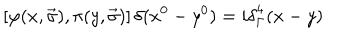
\left[ \varphi ( x , \vec { \sigma } ) , \pi ( y , \vec { \sigma } ) \right] \delta ( x ^ { 0 } - y ^ { 0 } ) = i { \delta } _ { \Gamma } ^ { 4 } ( x - y )